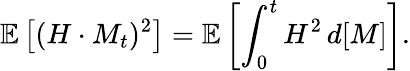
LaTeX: \mathbb{E}\left[(H\cdot M_{t})^{2}\right]=\mathbb{E}\left[\int_{0}^{t}H^{2}\, d[M]\right].